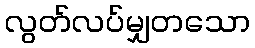
လွတ်လပ်မျှတသော